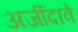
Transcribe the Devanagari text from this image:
अर्जीदावे